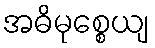
အဓိမုစ္စေယျ